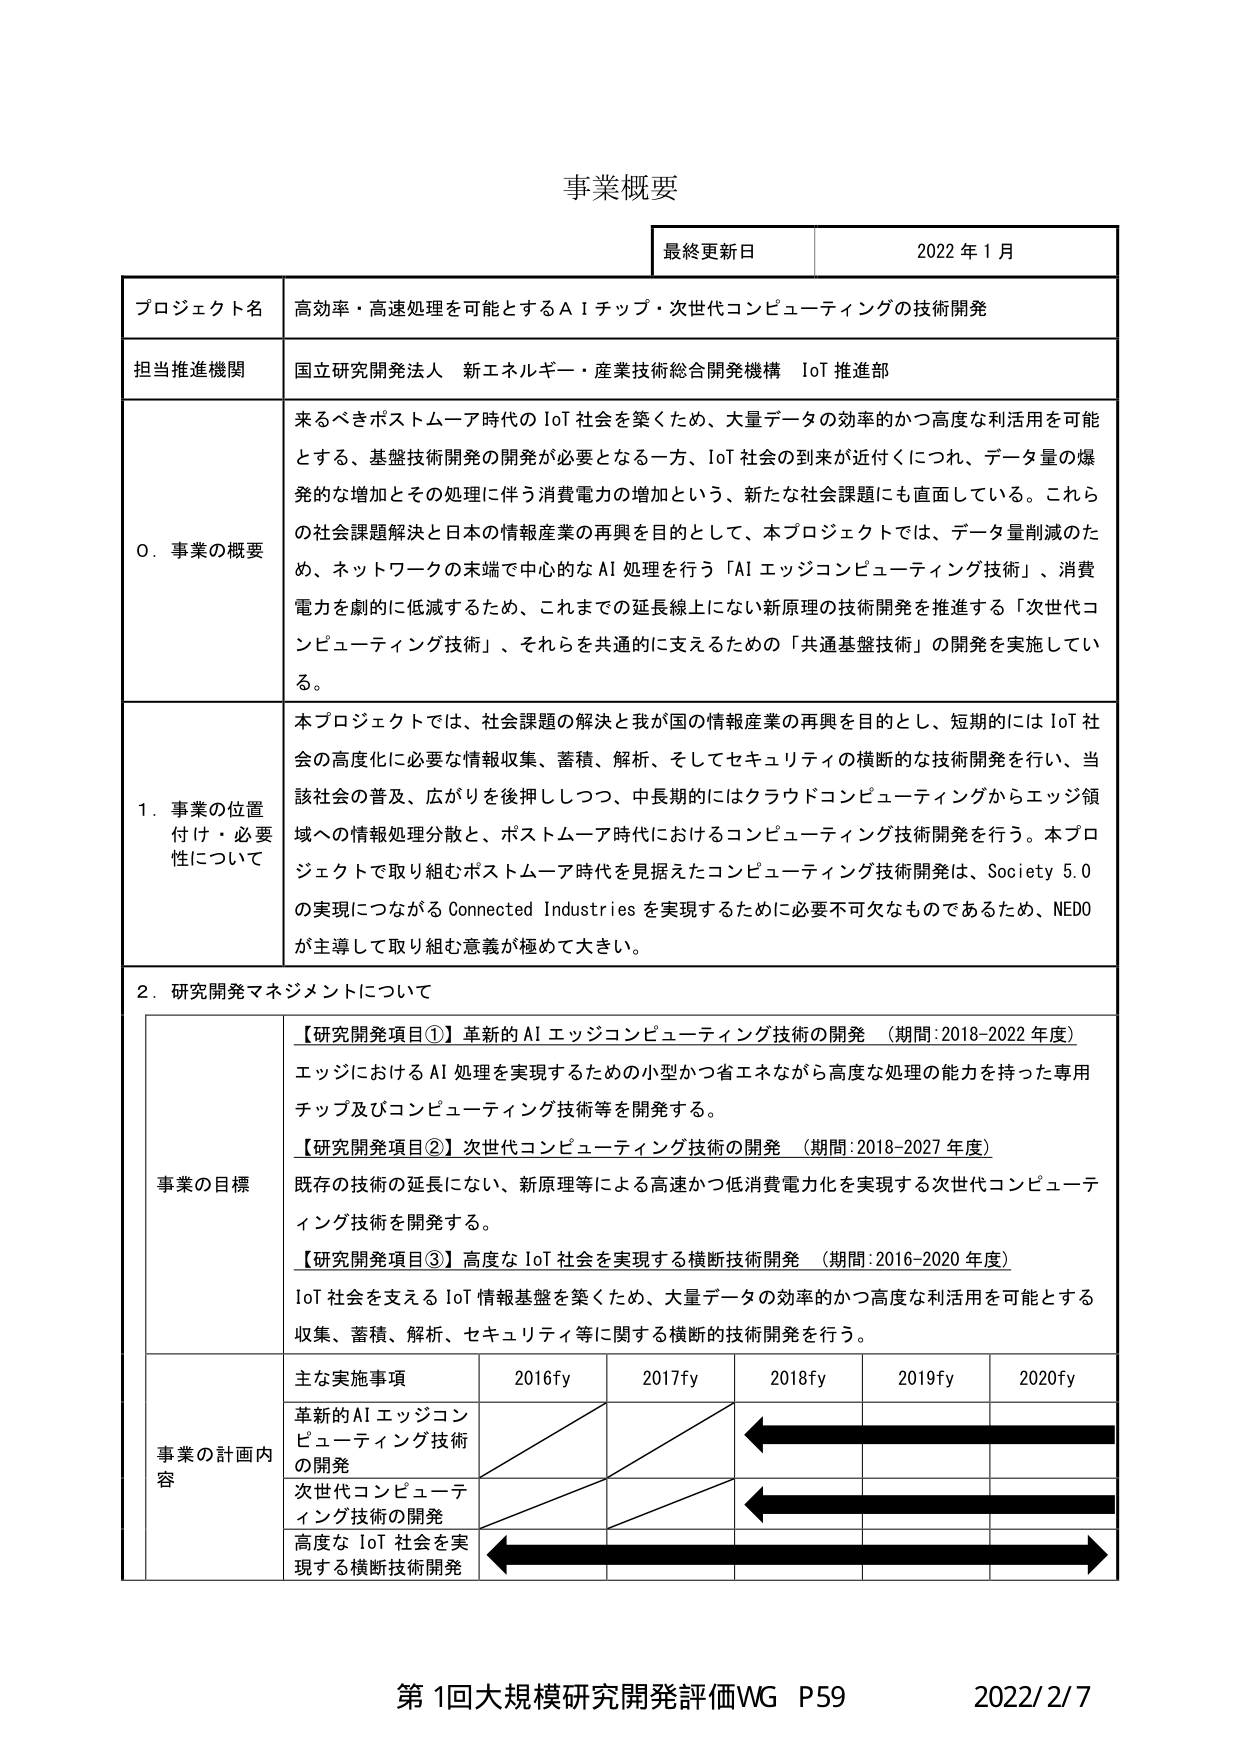
事業概要

最終更新日　2022年1月

プロジェクト名　高効率・高速処理を可能とするＡＩチップ・次世代コンピューティングの技術開発

担当推進機関　国立研究開発法人 新エネルギー・産業技術総合開発機構 IoT推進部

0．事業の概要　来るべきポストムーア時代のIoT社会を築くため、大量データの効率的かつ高度な利活用を可能とする、基盤技術開発の開発が必要となる一方、IoT社会の到来が近付くにつれ、データ量の爆発的な増加とその処理に伴う消費電力の増加という、新たな社会課題にも直面している。これらの社会課題解決と日本の情報産業の再興を目的として、本プロジェクトでは、データ量削減のため、ネットワークの末端で中心的なAI処理を行う「AIエッジコンピューティング技術」、消費電力を劇的に低減するため、これまでの延長線上にない新原理の技術開発を推進する「次世代コンピューティング技術」、それらを共通的に支えるための「共通基盤技術」の開発を実施している。

1．事業の位置付け・必要性について　本プロジェクトでは、社会課題の解決と我が国の情報産業の再興を目的とし、短期的にはIoT社会の高度化に必要な情報収集、蓄積、解析、そしてセキュリティの横断的な技術開発を行い、当該社会の普及、広がりを後押ししつつ、中長期的にはクラウドコンピューティングからエッジ領域への情報処理分散と、ポストムーア時代におけるコンピューティング技術開発を行う。本プロジェクトで取り組むポストムーア時代を見据えたコンピューティング技術開発は、Society 5.0の実現につながるConnected Industriesを実現するために必要不可欠なものであるため、NEDOが主導して取り組む意義が極めて大きい。

2．研究開発マネジメントについて

事業の目標　【研究開発項目①】革新的AIエッジコンピューティング技術の開発（期間：2018-2022年度）　エッジにおけるAI処理を実現するための小型かつ省エネながら高度な処理の能力を持った専用チップ及びコンピューティング技術等を開発する。　【研究開発項目②】次世代コンピューティング技術の開発（期間：2018-2027年度）　既存の技術の延長にない、新原理等による高速かつ低消費電力化を実現する次世代コンピューティング技術を開発する。　【研究開発項目③】高度なIoT社会を実現する横断技術開発（期間：2016-2020年度）　IoT社会を支えるIoT情報基盤を築くため、大量データの効率的かつ高度な利活用を可能とする収集、蓄積、解析、セキュリティ等に関する横断的技術開発を行う。

事業の計画内容　主な実施事項　2016fy　2017fy　2018fy　2019fy　2020fy　革新的AIエッジコンピューティング技術の開発　次世代コンピューティング技術の開発　高度なIoT社会を実現する横断技術開発

第1回大規模研究開発評価WG P59　2022/2/7